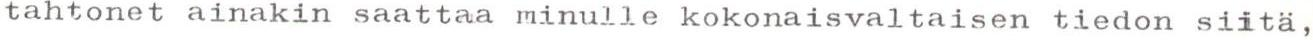
tahtonet ainakin saattaa minulle kokonaisvaltaisen tiedon siitä,